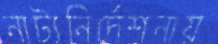
নাট্যনির্দেশনায়